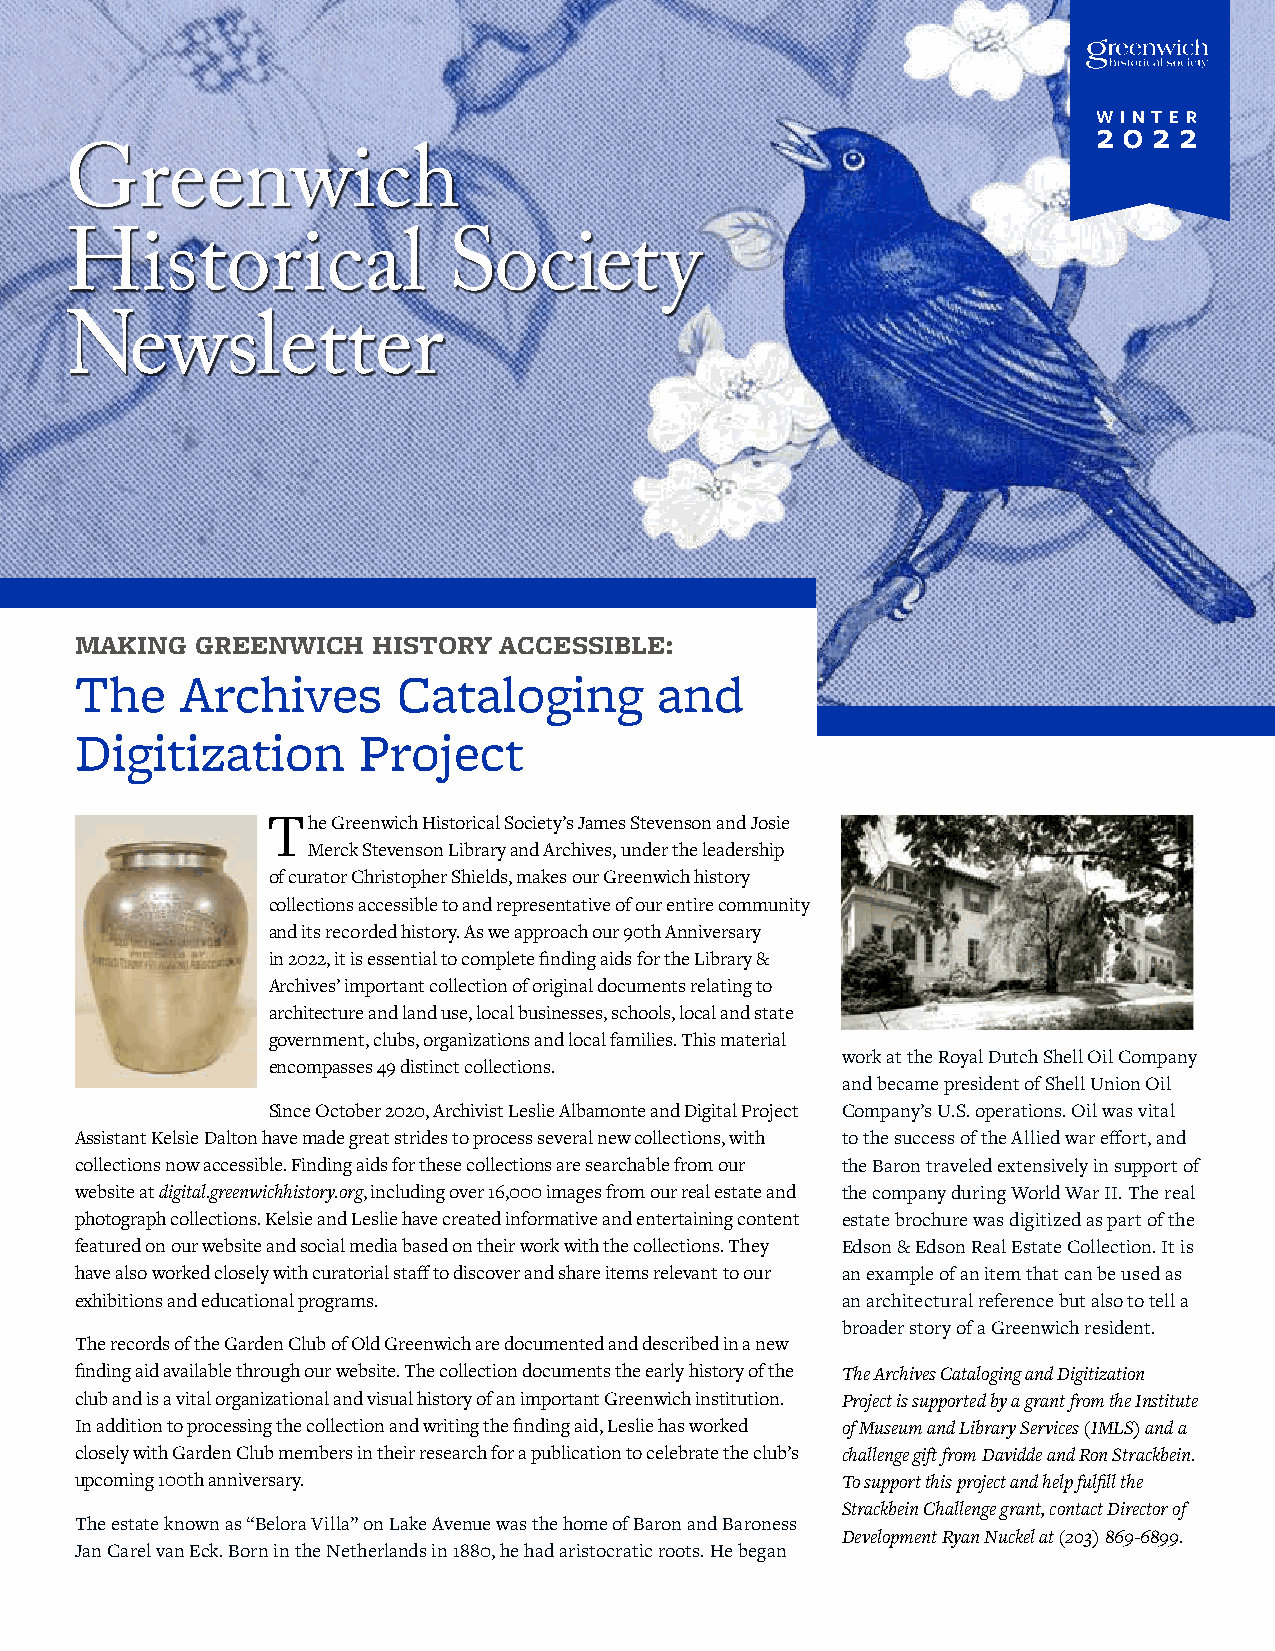
W I N T E R
 2 0 2 2
 Greenwich
 Historical                Society
 Newsletter
 MAKING  GREENWICH   HISTORY ACCESSIBLE:
 The    Archives      Cataloging        and
 Digitization       Project
 The Greenwich Historical Society’s James Stevenson and Josie
 Merck Stevenson Library and Archives, under the leadership
 of curator Christopher Shields, makes our Greenwich history
 collections accessible to and representative of our entire community
 and its recorded history. As we approach our 90th Anniversary
 in 2022, it is essential to complete finding aids for the Library &
 Archives’ important collection of original documents relating to
 architecture and land use, local businesses, schools, local and state
 government, clubs, organizations and local families. This material
 work at the Royal Dutch Shell Oil Company
 encompasses 49 distinct collections.
 and became president of Shell Union Oil
 Since October 2020, Archivist Leslie Albamonte and Digital Project Company’s U.S. operations. Oil was vital
 Assistant Kelsie Dalton have made great strides to process several new collections, with to the success of the Allied war effort, and
 collections now accessible. Finding aids for these collections are searchable from our the Baron traveled extensively in support of
 website at digital.greenwichhistory.org, including over 16,000 images from our real estate and the company during World War II. The real
 photograph collections. Kelsie and Leslie have created informative and entertaining content estate brochure was digitized as part of the
 featured on our website and social media based on their work with the collections. They Edson & Edson Real Estate Collection. It is
 have also worked closely with curatorial staff to discover and share items relevant to our an example of an item that can be used as
 exhibitions and educational programs.              an architectural reference but also to tell a
 broader story of a Greenwich resident.
 The records of the Garden Club of Old Greenwich are documented and described in a new
 finding aid available through our website. The collection documents the early history of the The Archives Cataloging and Digitization
 club and is a vital organizational and visual history of an important Greenwich institution. Project is supported by a grant from the Institute
 In addition to processing the collection and writing the finding aid, Leslie has worked of Museum and Library Services (IMLS) and a
 closely with Garden Club members in their research for a publication to celebrate the club’s challenge gift from Davidde and Ron Strackbein.
 upcoming 100th anniversary.                        To support this project and help fulfill the
 Strackbein Challenge grant, contact Director of
 The estate known as “Belora Villa” on Lake Avenue was the home of Baron and Baroness
 Development Ryan Nuckel at (203) 869-6899.
 Jan Carel van Eck. Born in the Netherlands in 1880, he had aristocratic roots. He began